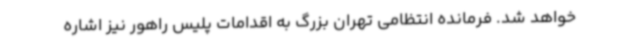
خواهد شد. فرمانده انتظامی تهران بزرگ به اقدامات پلیس راهور نیز اشاره